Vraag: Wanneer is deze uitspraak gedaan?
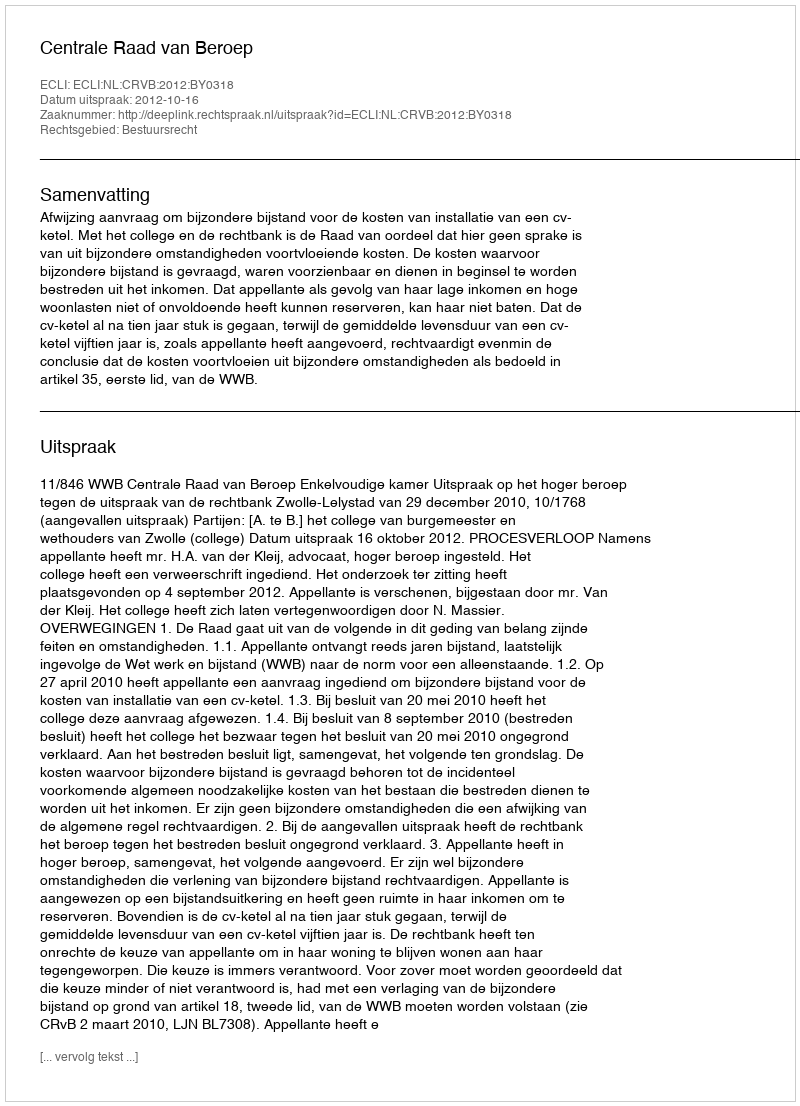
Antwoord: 2012-10-16